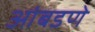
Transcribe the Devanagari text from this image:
आंबडणे